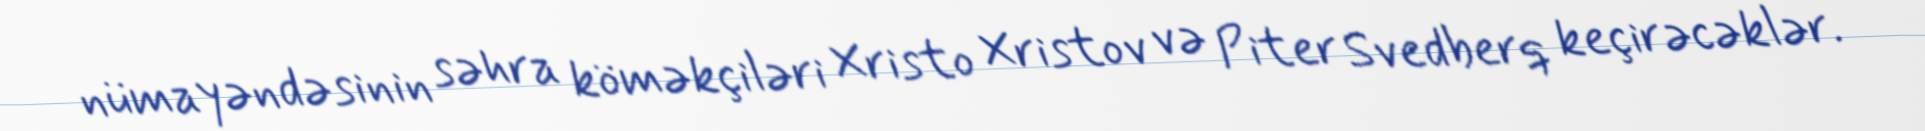
nümayəndəsinin səhra köməkçiləri Xristo Xristov və Piter Svedberq keçirəcəklər.